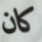
كان